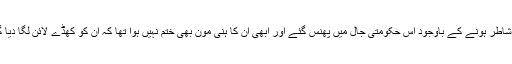
وہ شاطر ہونے کے باوجود اس حکومتی جال میں پھنس گئے اور ابھی ان کا ہنی مون بھی ختم نہیں ہوا تھا کہ ان کو کھڈے لائن لگا دیا گیا۔